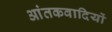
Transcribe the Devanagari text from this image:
आंतकवादियों